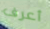
أعرف